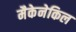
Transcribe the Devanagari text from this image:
मैकेनेकिल